Civil Veterinary Dept. North-West Frontier Province 1901-22 - 1901-1922
Year: 1901
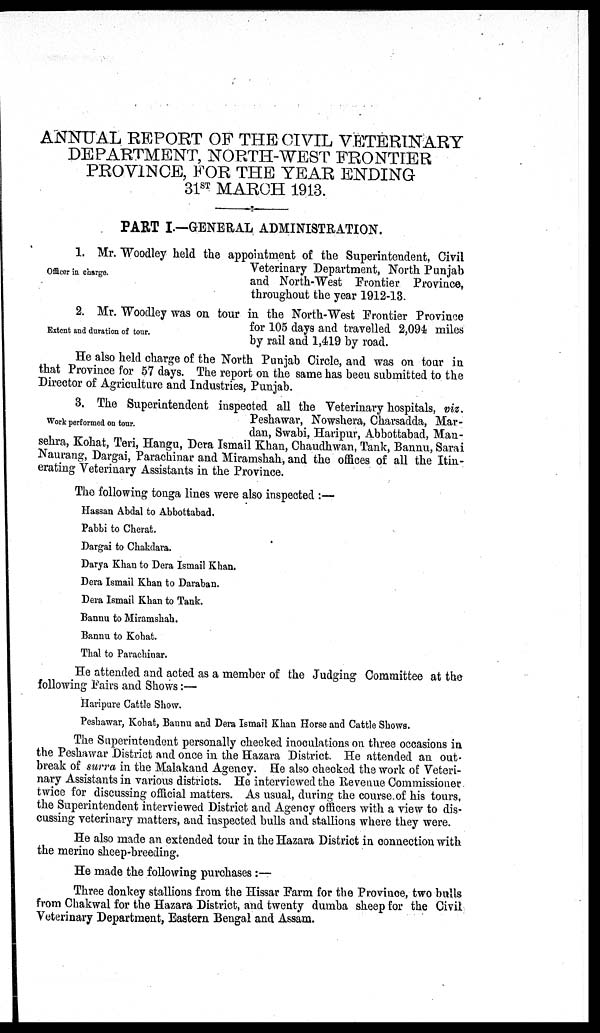
ANNUAL REPORT OF THE CIVIL VETERINARY
DEPARTMENT, NORTH-WEST FRONTIER
PROVINCE, FOR THE YEAR ENDING
31 st MARCH 1913.
PART I.—GENERAL ADMINISTRATION.
Officer in charge.
1. Mr. Woodley held the appointment of the Superintendent, Civil
Veterinary Department, North Punjab
and North-West Frontier Province,
throughout the year 1912-13
Extent and duration of tour.
2. Mr. Woodley was on tour in the North-West Frontier Province
for 105 days and travelled 2,094 miles
by rail and 1,419 by road.
He also held charge of the North Punjab Circle, and was on tour in
that Province for 57 days. The report on the same has been submitted to the
Director of Agriculture and Industries, Punjab.
Work performed on tour.
3. The Superintendent inspected all the Veterinary hospitals, viz.
Peshawar, Nowshera, Charsadda, Mar-
dan, Swabi, Haripur, Abbottabad, Man-
sehra, Kohat, Teri, Hangu, Dera Ismail Khan, Chaudhwan, Tank, Bannu, Sarai
Naurang, Dargai, Parachinar and Miramshah, and the offices of all the Itin-
erating Veterinary Assistants in the Province.
The following tonga lines were also inspected :—
Hassan Abdal to Abbottabad.
Pabbi to Cherat.
Dargai to Chakdara.
Darya Khan to Dera Ismail Khan.
Dera Ismail Khan to Daraban.
Dera Ismail Khan to Tank.
Bannu to Miramshah.
Bannu to Kohat.
Thal to Parachinar.
He attended and acted as a member of the Judging Committee at the
following Fairs and Shows :—
Haripure Cattle Show.
Peshawar, Kohat, Bannu and Dera Ismail Khan Horse and Cattle Shows.
The Superintendent personally checked inoculations on three occasions in
the Peshawar District and once in the Hazara District. He attended an out-
break of surra in the Malakand Agency. He also checked the work of Veteri-
nary Assistants in various districts. He interviewed the Revenue Commissioner
twice for discussing official matters. As usual, during the course of his tours,
the Superintendent interviewed District and Agency officers with a view to dis-
cussing veterinary matters, and inspected bulls and stallions where they were.
He also made an extended tour in the Hazara District in connection with
the merino sheep-breeding.
He made the following purchases :—
Three donkey stallions from the Hissar Farm for the Province, two bulls
from Chakwal for the Hazara District, and twenty dumba sheep for the Civil
Veterinary Department, Eastern Bengal and Assam.